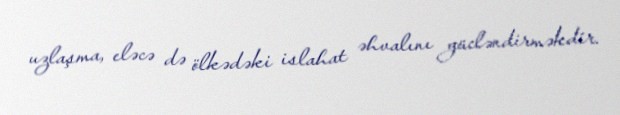
uzlaşma, eləcə də ölkədəki islahat əhvalını gücləndirməkdir.